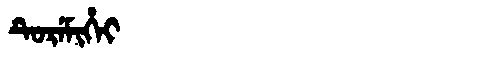
Manchu: ᡨᡠᡵᡝᠮᡳᡥᡝᡳ
Romanization: TUREMIHEI